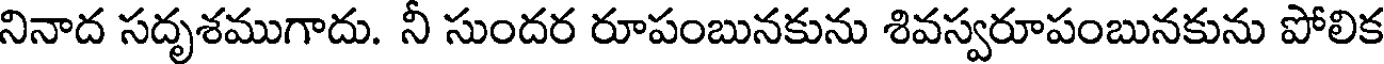
నినాద సదృశముగాదు. నీ సుందర రూపంబునకును శివస్వరూపంబునకును పోలిక